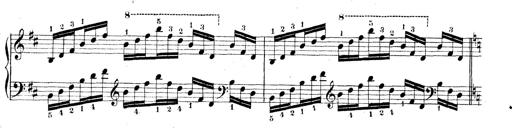
Title: Technische Studien
Composer: Franz Liszt